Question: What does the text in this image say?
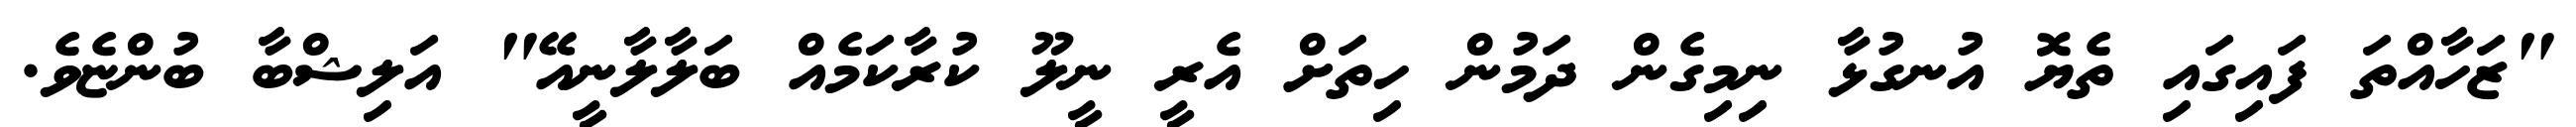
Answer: "ޒަހާއްތަ ފައިގައި ތެޔޮ އުނގުޅާ ނިމިގެން ދަމުން ހިތަށް އެރީ ނީލޫ ކުރާކަމެއް ބަލާލާނީއޭ" އަލިޝްބާ ބުންޏެވެ.